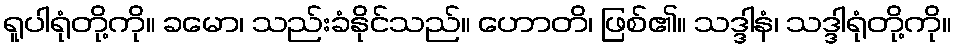
ရူပါရုံတို့ကို။ ခမော၊ သည်းခံနိုင်သည်။ ဟောတိ၊ ဖြစ်၏။ သဒ္ဒါနံ၊ သဒ္ဒါရုံတို့ကို။